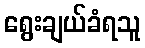
ရွေးချယ်ခံရသူ